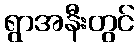
ရွာအနီးတွင်